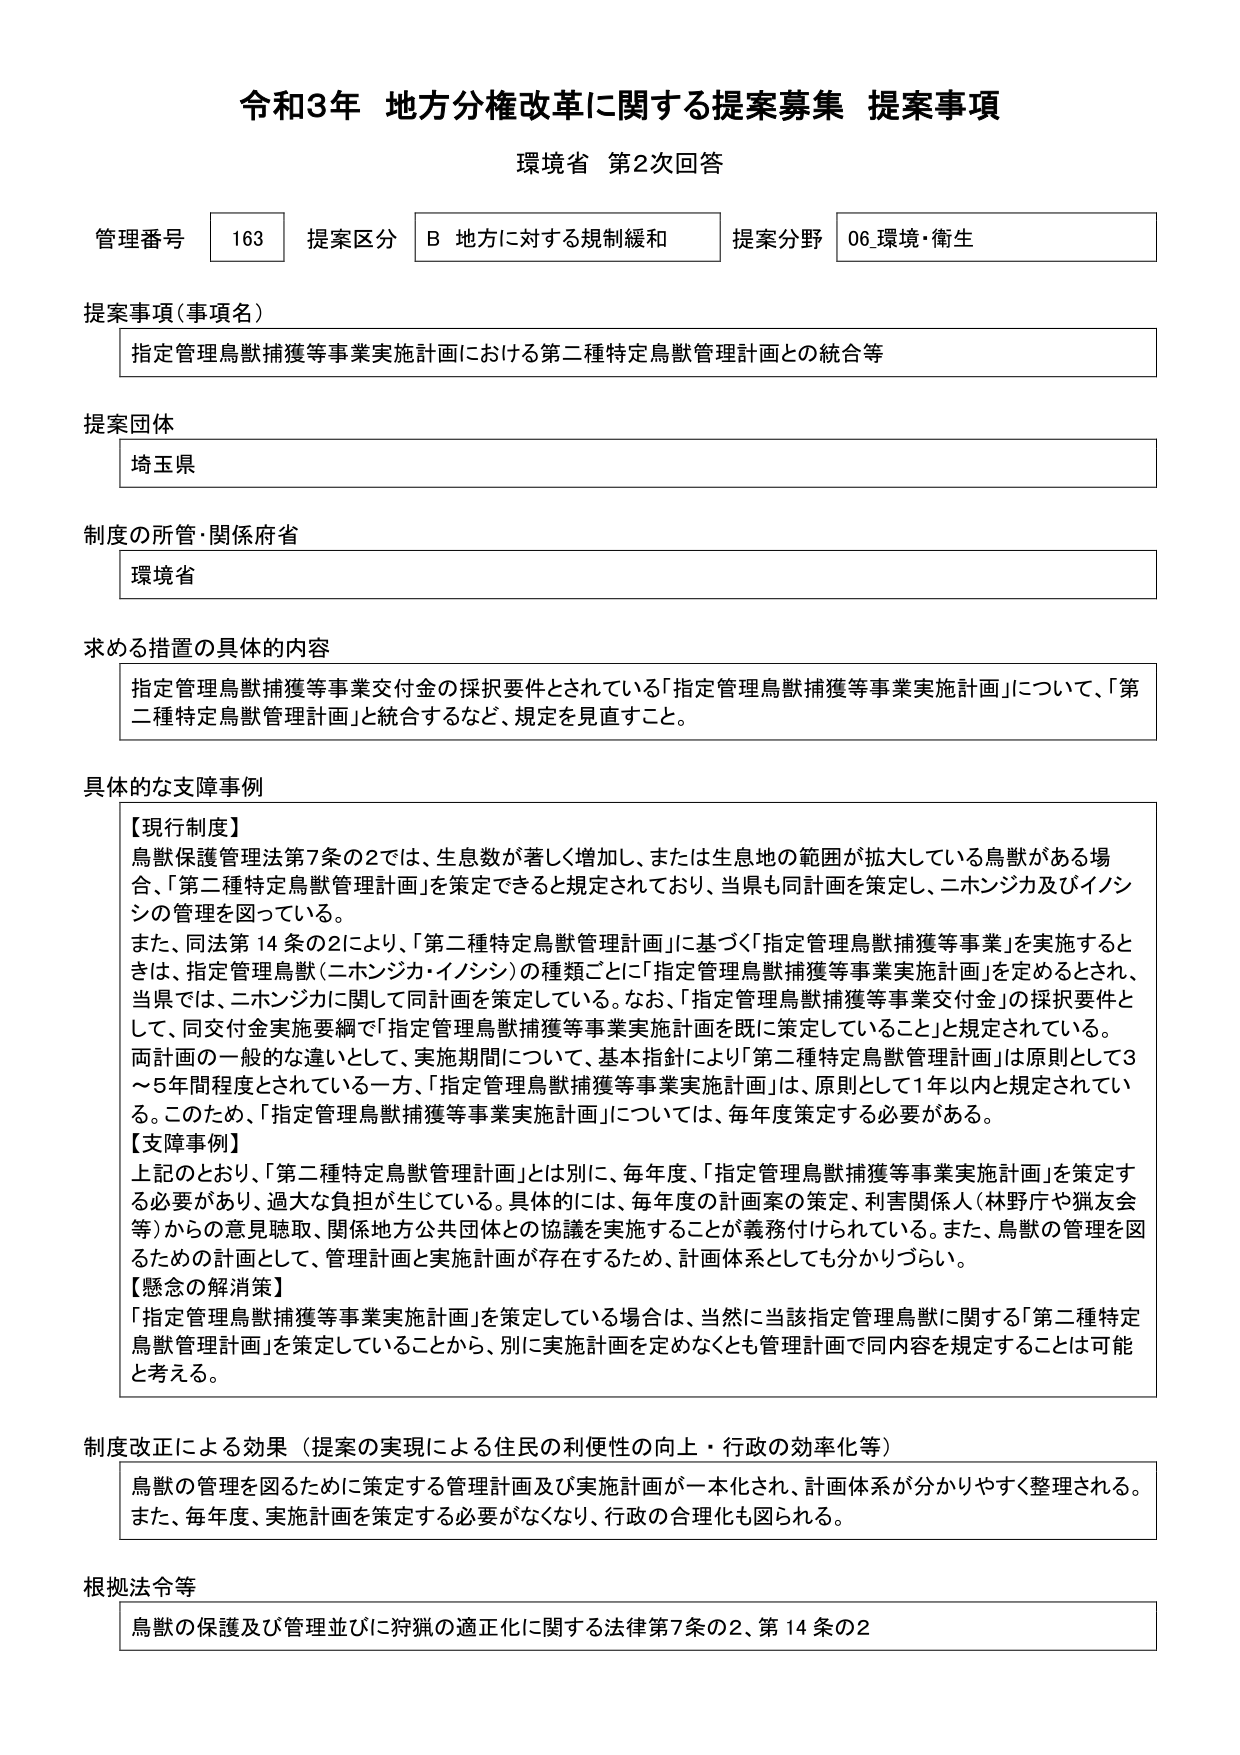
令和3年 地方分権改革に関する提案募集 提案事項
環境省 第2次回答

管理番号 163 提案区分 B 地方に対する規制緩和 提案分野 06 環境・衛生

提案事項（事項名）
指定管理鳥獣捕獲等事業実施計画における第二種特定鳥獣管理計画との統合等

提案団体
埼玉県

制度の所管・関係府省
環境省

求める措置の具体的内容
指定管理鳥獣捕獲等事業交付金の採択要件とされている「指定管理鳥獣捕獲等事業実施計画」について、「第二種特定鳥獣管理計画」と統合するなど、規定を見直すこと。

具体的な支障事例
【現行制度】
鳥獣保護管理法第7条の2では、生息数が著しく増加し、または生息地の範囲が拡大している鳥獣がある場合、「第二種特定鳥獣管理計画」を策定できると規定されており、当県も同計画を策定し、ニホンジカ及びイノシシの管理を図っている。
また、同法第14条の2により、「第二種特定鳥獣管理計画」に基づく「指定管理鳥獣捕獲等事業」を実施するときは、指定管理鳥獣（ニホンジカ・イノシシ）の種類ごとに「指定管理鳥獣捕獲等事業実施計画」を定めるとき、当県では、ニホンジカに関して同計画を策定している。なお、「指定管理鳥獣捕獲等事業交付金」の採択要件として、同交付金実施要綱で「指定管理鳥獣捕獲等事業実施計画を既に策定していること」と規定されている。
両計画の一般的な違いとして、実施期間について、基本指針により「第二種特定鳥獣管理計画」は原則として3～5年間程度とされている一方、「指定管理鳥獣捕獲等事業実施計画」は、原則として1年以内と規定されている。このため、「指定管理鳥獣捕獲等事業実施計画」については、毎年度策定する必要がある。
【支障事例】
上記のとおり、「第二種特定鳥獣管理計画」とは別に、毎年度、「指定管理鳥獣捕獲等事業実施計画」を策定する必要があり、過大な負担が生じている。具体的には、毎年度の計画案の策定、利害関係人（林野庁や猟友会等）からの意見聴取、関係地方公共団体との協議を実施することが義務付けられている。また、鳥獣の管理を図るための計画として、管理計画と実施計画が存在するため、計画体系としても分かりづらい。
【懸念の解消策】
「指定管理鳥獣捕獲等事業実施計画」を策定している場合は、当然に当該指定管理鳥獣に関する「第二種特定鳥獣管理計画」を策定していることから、別に実施計画を定めなくても管理計画で同内容を規定することは可能と考える。

制度改正による効果（提案の実現による住民の利便性の向上・行政の効率化等）
鳥獣の管理を図るために策定する管理計画及び実施計画が一本化され、計画体系が分かりやすく整理される。また、毎年度、実施計画を策定する必要がなくなり、行政の合理化も図られる。

根拠法令等
鳥獣の保護及び管理並びに狩猟の適正化に関する法律第7条の2、第14条の2